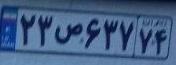
۲۳ص۶۳۷۷۴